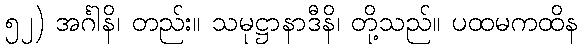
၅၂) အင်္ဂါနိ၊ တည်း။ သမုဋ္ဌာနာဒီနိ၊ တို့သည်။ ပထမကထိန